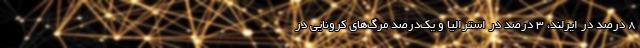
8 درصد در ایرلند، ۳ درصد در استرالیا و یک‌درصد مرگ‌های کرونایی در